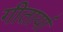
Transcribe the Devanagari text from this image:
गीतार्या